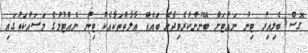
ގޮސް ބެލިއިރު ޓިނު ނައްޓަށް ބޭނުންކުރެވިދާނެ ބައެއް އާލާތްތަކާއެކު ޓިނު ނެއްޓުމުގެ މަސައްކަތުގައި